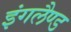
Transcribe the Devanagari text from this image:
इंगलैण्‍ड